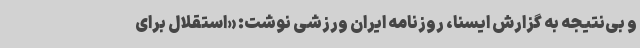
و بی‌نتیجه به گزارش ایسنا، روزنامه ایران ورزشی نوشت: «استقلال برای